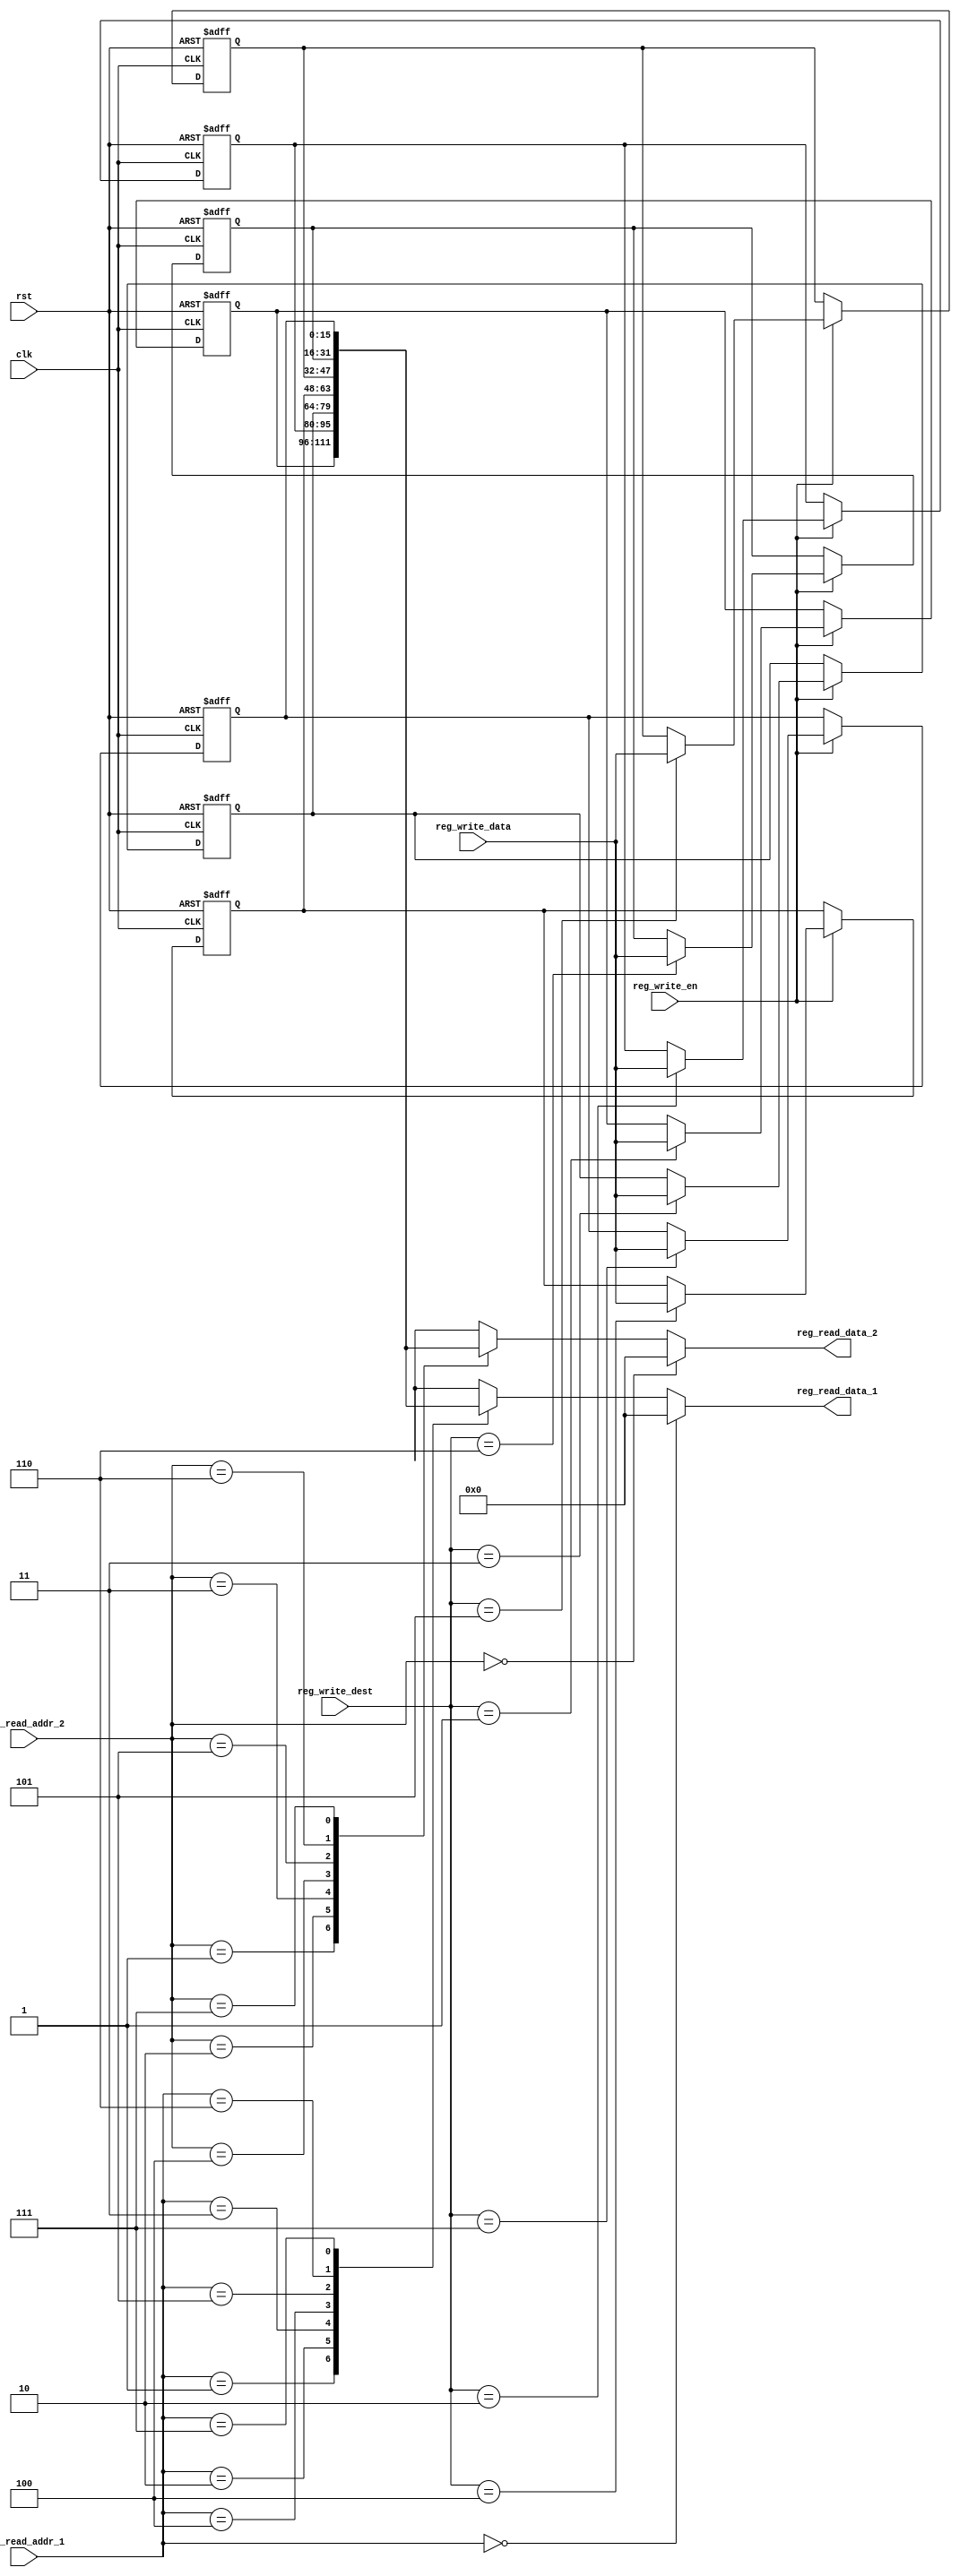
module register_file  
 (  
      input                    clk,  
      input                    rst,  
      // write port  
      input                    reg_write_en,  
      input          [2:0]     reg_write_dest,  
      input          [15:0]     reg_write_data,  
      //read port 1  
      input          [2:0]     reg_read_addr_1,  
      output          [15:0]     reg_read_data_1,  
      //read port 2  
      input          [2:0]     reg_read_addr_2,  
      output          [15:0]     reg_read_data_2  
 );  
      reg     [15:0]     reg_array [7:0];  
      // write port  
      //reg [2:0] i;  
      always @ (posedge clk or posedge rst) begin  
           if(rst) begin  
                reg_array[0] <= 16'b0;  
                reg_array[1] <= 16'b0;  
                reg_array[2] <= 16'b0;  
                reg_array[3] <= 16'b0;  
                reg_array[4] <= 16'b0;  
                reg_array[5] <= 16'b0;  
                reg_array[6] <= 16'b0;  
                reg_array[7] <= 16'b0;       
           end  
           else begin  
                if(reg_write_en) begin  
                     reg_array[reg_write_dest] <= reg_write_data;  
                end  
           end  
      end  
      assign reg_read_data_1 = ( reg_read_addr_1 == 0)? 16'b0 : reg_array[reg_read_addr_1];  
      assign reg_read_data_2 = ( reg_read_addr_2 == 0)? 16'b0 : reg_array[reg_read_addr_2];  
 endmodule